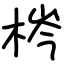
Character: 梣